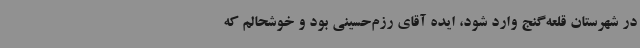
در شهرستان قلعه‌گنج وارد شود، ایده آقای رزم‌حسینی بود و خوشحالم که